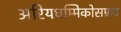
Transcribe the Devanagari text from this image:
अरियधम्मिकोसम्राट